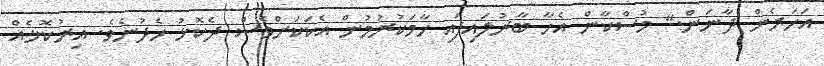
އަހަރެން ދާނަން." މުސްކާން އެހާ ބާރުލައިފައި ހާމަކުރުމުން އެކަކަށްވެސް ދެކޮޅު ހެދުނެވެ. އިރުކޮޅެއް